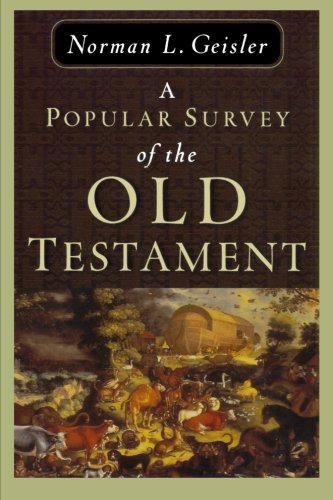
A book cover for A Popular Survey of the Old Testament; Norman L. Geisler; Christian Books & Bibles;